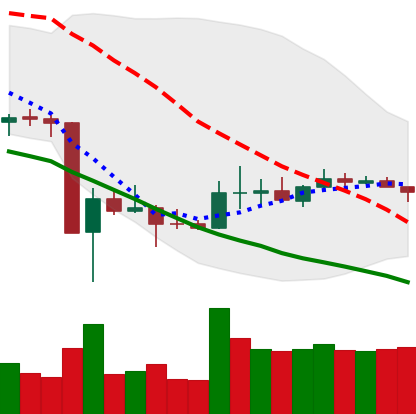
Ticker: DOGE-USD
Chart end date: 2020-03-28
Forward return: 5.849%
Label: up_5_7